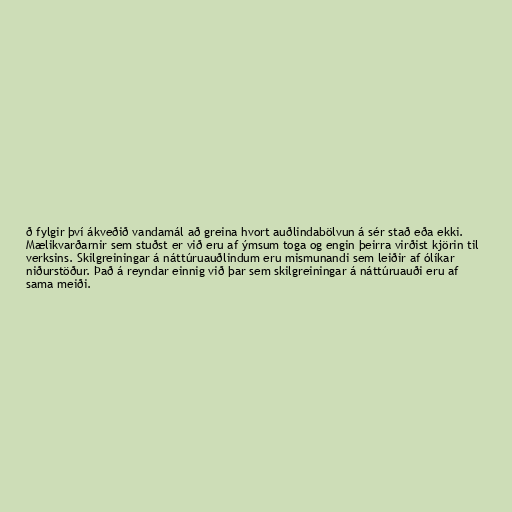
ð fylgir því ákveðið vandamál að greina hvort auðlindabölvun á sér stað eða ekki.
Mælikvarðarnir sem stuðst er við eru af ýmsum toga og engin þeirra virðist kjörin til
verksins. Skilgreiningar á náttúruauðlindum eru mismunandi sem leiðir af ólíkar
niðurstöður. Það á reyndar einnig við þar sem skilgreiningar á náttúruauði eru af
sama meiði.